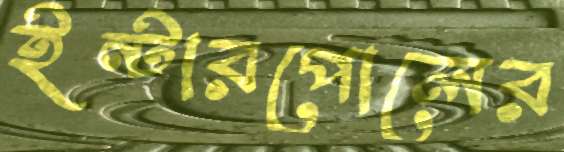
ইন্টারপোলের